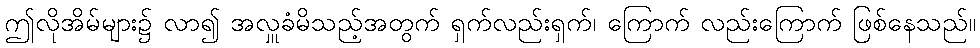
ဤလိုအိမ်များ၌ လာ၍ အလှူခံမိသည့်အတွက် ရှက်လည်းရှက်၊ ကြောက် လည်းကြောက် ဖြစ်နေသည်။